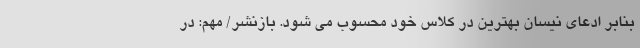
بنابر ادعای نیسان بهترین در کلاس خود محسوب می شود. بازنشر/ مهم: در